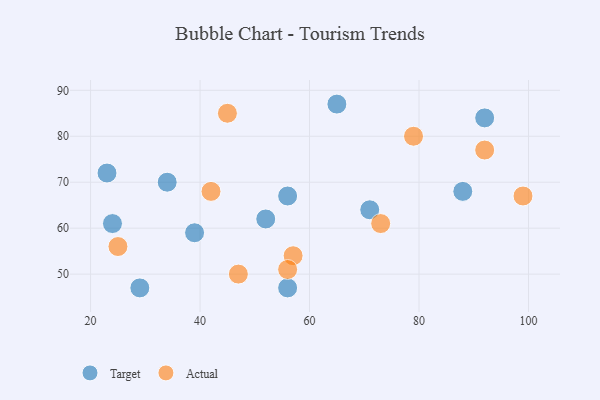
{"axis": {"x": "GDP", "y": "Life Expectancy"}, "legend": ["Actual", "Target"], "data": [{"x": "23", "y": 72, "type": "Target"}, {"x": "56", "y": 67, "type": "Target"}, {"x": "65", "y": 87, "type": "Target"}, {"x": "71", "y": 64, "type": "Target"}, {"x": "34", "y": 70, "type": "Target"}, {"x": "24", "y": 61, "type": "Target"}, {"x": "52", "y": 62, "type": "Target"}, {"x": "29", "y": 47, "type": "Target"}, {"x": "56", "y": 47, "type": "Target"}, {"x": "39", "y": 59, "type": "Target"}, {"x": "88", "y": 68, "type": "Target"}, {"x": "92", "y": 84, "type": "Target"}, {"x": "45", "y": 85, "type": "Actual"}, {"x": "92", "y": 77, "type": "Actual"}, {"x": "73", "y": 61, "type": "Actual"}, {"x": "57", "y": 54, "type": "Actual"}, {"x": "79", "y": 80, "type": "Actual"}, {"x": "42", "y": 68, "type": "Actual"}, {"x": "25", "y": 56, "type": "Actual"}, {"x": "99", "y": 67, "type": "Actual"}, {"x": "47", "y": 50, "type": "Actual"}, {"x": "56", "y": 51, "type": "Actual"}]}